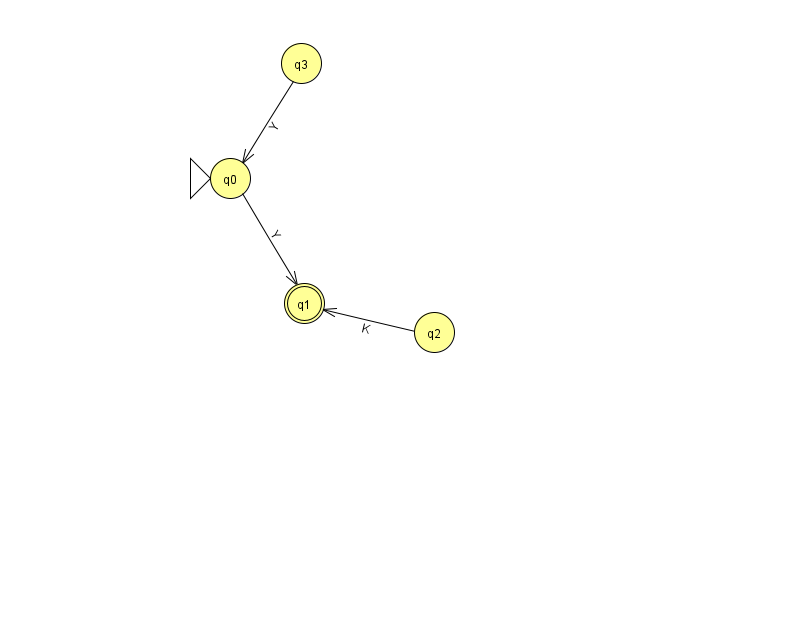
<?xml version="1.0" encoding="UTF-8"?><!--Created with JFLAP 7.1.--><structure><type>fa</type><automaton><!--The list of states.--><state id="0" name="q0"><x>230.0</x><y>165.0</y><initial/></state><state id="1" name="q1"><x>304.0</x><y>290.0</y><final/></state><state id="2" name="q2"><x>434.0</x><y>319.0</y></state><state id="3" name="q3"><x>301.0</x><y>50.0</y></state><!--The list of transitions.--><transition><from>3</from><to>0</to><read>Y</read></transition><transition><from>2</from><to>1</to><read>K</read></transition><transition><from>0</from><to>1</to><read>Y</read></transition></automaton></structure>